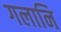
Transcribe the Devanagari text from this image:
गलानि